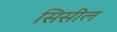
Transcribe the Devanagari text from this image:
सिसील